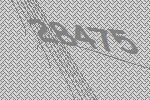
28475